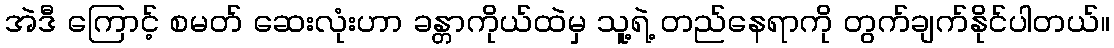
အဲဒီ ကြောင့် စမတ် ဆေးလုံးဟာ ခန္တာကိုယ်ထဲမှ သူ့ရဲ့ တည်နေရာကို တွက်ချက်နိုင်ပါတယ်။